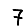
Digit: 7